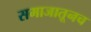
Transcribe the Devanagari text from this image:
समाजातूनच